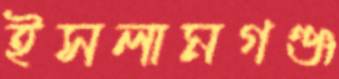
ইসলামগঞ্জ